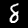
Label: 8